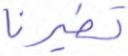
تطيرنا